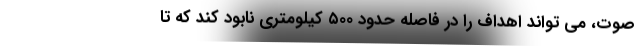
صوت، می تواند اهداف را در فاصله حدود ۵۰۰ کیلومتری نابود کند که تا